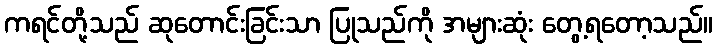
ကရင်တို့သည် ဆုတောင်းခြင်းသာ ပြုသည်ကို အများဆုံး တွေ့ရတော့သည်။